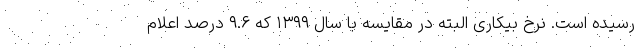
رسیده است. نرخ بیکاری البته در مقایسه با سال ۱۳۹۹ که ۹.۶ درصد اعلام